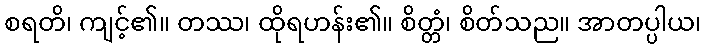
စရတိ၊ ကျင့်၏။ တဿ၊ ထိုရဟန်း၏။ စိတ္တံ၊ စိတ်သည။ အာတပ္ပါယ၊